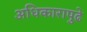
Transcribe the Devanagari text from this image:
अधिकारापुढे